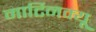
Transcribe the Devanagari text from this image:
मार्टिनक्यू